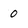
Character: 0